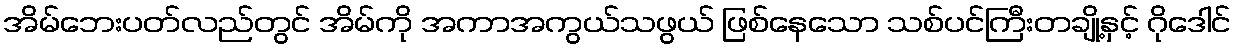
အိမ်ဘေးပတ်လည်တွင် အိမ်ကို အကာအကွယ်သဖွယ် ဖြစ်နေသော သစ်ပင်ကြီးတချို့နှင့် ဂိုဒေါင်